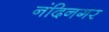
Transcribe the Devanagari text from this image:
नंदिनगर